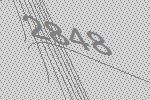
2848